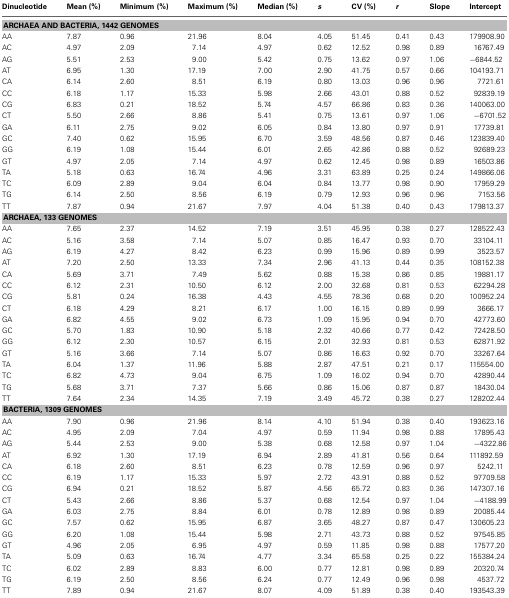
<table><thead><tr><td><b>Dinucleotide</b></td><td><b>Mean (%)</b></td><td><b>Minimum (%)</b></td><td><b>Maximum (%)</b></td><td><b>Median (%)</b></td><td><b><i>s</i></b></td><td><b>CV (%)</b></td><td><b><i>r</i></b></td><td><b>Slope</b></td><td><b>Intercept</b></td></tr></thead><tbody><tr><td colspan="10"><b>ARCHAEA AND BACTERIA, 1442 GENOMES</b></td></tr><tr><td>AA</td><td>7.87</td><td>0.96</td><td>21.96</td><td>8.04</td><td>4.05</td><td>51.45</td><td>0.41</td><td>0.43</td><td>179908.90</td></tr><tr><td>AC</td><td>4.97</td><td>2.09</td><td>7.14</td><td>4.97</td><td>0.62</td><td>12.52</td><td>0.98</td><td>0.89</td><td>16767.49</td></tr><tr><td>AG</td><td>5.51</td><td>2.53</td><td>9.00</td><td>5.42</td><td>0.75</td><td>13.62</td><td>0.97</td><td>1.06</td><td>−6844.52</td></tr><tr><td>AT</td><td>6.95</td><td>1.30</td><td>17.19</td><td>7.00</td><td>2.90</td><td>41.75</td><td>0.57</td><td>0.66</td><td>104193.71</td></tr><tr><td>CA</td><td>6.14</td><td>2.60</td><td>8.51</td><td>6.19</td><td>0.80</td><td>13.03</td><td>0.96</td><td>0.96</td><td>7721.61</td></tr><tr><td>CC</td><td>6.18</td><td>1.17</td><td>15.33</td><td>5.98</td><td>2.66</td><td>43.01</td><td>0.88</td><td>0.52</td><td>92839.19</td></tr><tr><td>CG</td><td>6.83</td><td>0.21</td><td>18.52</td><td>5.74</td><td>4.57</td><td>66.86</td><td>0.83</td><td>0.36</td><td>140063.00</td></tr><tr><td>CT</td><td>5.50</td><td>2.66</td><td>8.86</td><td>5.41</td><td>0.75</td><td>13.61</td><td>0.97</td><td>1.06</td><td>−6701.52</td></tr><tr><td>GA</td><td>6.11</td><td>2.75</td><td>9.02</td><td>6.05</td><td>0.84</td><td>13.80</td><td>0.97</td><td>0.91</td><td>17739.81</td></tr><tr><td>GC</td><td>7.40</td><td>0.62</td><td>15.95</td><td>6.70</td><td>3.59</td><td>48.56</td><td>0.87</td><td>0.46</td><td>123839.40</td></tr><tr><td>GG</td><td>6.19</td><td>1.08</td><td>15.44</td><td>6.01</td><td>2.65</td><td>42.86</td><td>0.88</td><td>0.52</td><td>92689.23</td></tr><tr><td>GT</td><td>4.97</td><td>2.05</td><td>7.14</td><td>4.97</td><td>0.62</td><td>12.45</td><td>0.98</td><td>0.89</td><td>16503.86</td></tr><tr><td>TA</td><td>5.18</td><td>0.63</td><td>16.74</td><td>4.96</td><td>3.31</td><td>63.89</td><td>0.25</td><td>0.24</td><td>149866.06</td></tr><tr><td>TC</td><td>6.09</td><td>2.89</td><td>9.04</td><td>6.04</td><td>0.84</td><td>13.77</td><td>0.98</td><td>0.90</td><td>17959.29</td></tr><tr><td>TG</td><td>6.14</td><td>2.50</td><td>8.56</td><td>6.19</td><td>0.79</td><td>12.93</td><td>0.96</td><td>0.96</td><td>7153.56</td></tr><tr><td>TT</td><td>7.87</td><td>0.94</td><td>21.67</td><td>7.97</td><td>4.04</td><td>51.38</td><td>0.40</td><td>0.43</td><td>179813.37</td></tr><tr><td colspan="10"><b>ARCHAEA, 133 GENOMES</b></td></tr><tr><td>AA</td><td>7.65</td><td>2.37</td><td>14.52</td><td>7.19</td><td>3.51</td><td>45.95</td><td>0.38</td><td>0.27</td><td>128522.43</td></tr><tr><td>AC</td><td>5.16</td><td>3.58</td><td>7.14</td><td>5.07</td><td>0.85</td><td>16.47</td><td>0.93</td><td>0.70</td><td>33104.11</td></tr><tr><td>AG</td><td>6.19</td><td>4.27</td><td>8.42</td><td>6.23</td><td>0.99</td><td>15.96</td><td>0.89</td><td>0.99</td><td>3523.57</td></tr><tr><td>AT</td><td>7.20</td><td>2.50</td><td>13.33</td><td>7.34</td><td>2.96</td><td>41.13</td><td>0.44</td><td>0.35</td><td>108152.38</td></tr><tr><td>CA</td><td>5.69</td><td>3.71</td><td>7.49</td><td>5.62</td><td>0.88</td><td>15.38</td><td>0.86</td><td>0.85</td><td>19881.17</td></tr><tr><td>CC</td><td>6.12</td><td>2.31</td><td>10.50</td><td>6.12</td><td>2.00</td><td>32.68</td><td>0.81</td><td>0.53</td><td>62294.28</td></tr><tr><td>CG</td><td>5.81</td><td>0.24</td><td>16.38</td><td>4.43</td><td>4.55</td><td>78.36</td><td>0.68</td><td>0.20</td><td>100952.24</td></tr><tr><td>CT</td><td>6.18</td><td>4.29</td><td>8.21</td><td>6.17</td><td>1.00</td><td>16.15</td><td>0.89</td><td>0.99</td><td>3666.17</td></tr><tr><td>GA</td><td>6.82</td><td>4.55</td><td>9.02</td><td>6.73</td><td>1.09</td><td>15.95</td><td>0.94</td><td>0.70</td><td>42773.60</td></tr><tr><td>GC</td><td>5.70</td><td>1.83</td><td>10.90</td><td>5.18</td><td>2.32</td><td>40.66</td><td>0.77</td><td>0.42</td><td>72428.50</td></tr><tr><td>GG</td><td>6.12</td><td>2.30</td><td>10.57</td><td>6.15</td><td>2.01</td><td>32.93</td><td>0.81</td><td>0.53</td><td>62871.92</td></tr><tr><td>GT</td><td>5.16</td><td>3.66</td><td>7.14</td><td>5.07</td><td>0.86</td><td>16.63</td><td>0.92</td><td>0.70</td><td>33267.64</td></tr><tr><td>TA</td><td>6.04</td><td>1.37</td><td>11.96</td><td>5.88</td><td>2.87</td><td>47.51</td><td>0.21</td><td>0.17</td><td>115554.00</td></tr><tr><td>TC</td><td>6.82</td><td>4.73</td><td>9.04</td><td>6.75</td><td>1.09</td><td>16.02</td><td>0.94</td><td>0.70</td><td>42890.44</td></tr><tr><td>TG</td><td>5.68</td><td>3.71</td><td>7.37</td><td>5.66</td><td>0.86</td><td>15.06</td><td>0.87</td><td>0.87</td><td>18430.04</td></tr><tr><td>TT</td><td>7.64</td><td>2.34</td><td>14.35</td><td>7.19</td><td>3.49</td><td>45.72</td><td>0.38</td><td>0.27</td><td>128202.44</td></tr><tr><td colspan="10"><b>BACTERIA, 1309 GENOMES</b></td></tr><tr><td>AA</td><td>7.90</td><td>0.96</td><td>21.96</td><td>8.14</td><td>4.10</td><td>51.94</td><td>0.38</td><td>0.40</td><td>193623.16</td></tr><tr><td>AC</td><td>4.95</td><td>2.09</td><td>7.04</td><td>4.97</td><td>0.59</td><td>11.94</td><td>0.98</td><td>0.88</td><td>17895.43</td></tr><tr><td>AG</td><td>5.44</td><td>2.53</td><td>9.00</td><td>5.38</td><td>0.68</td><td>12.58</td><td>0.97</td><td>1.04</td><td>−4322.86</td></tr><tr><td>AT</td><td>6.92</td><td>1.30</td><td>17.19</td><td>6.94</td><td>2.89</td><td>41.81</td><td>0.56</td><td>0.64</td><td>111892.59</td></tr><tr><td>CA</td><td>6.18</td><td>2.60</td><td>8.51</td><td>6.23</td><td>0.78</td><td>12.59</td><td>0.96</td><td>0.97</td><td>5242.11</td></tr><tr><td>CC</td><td>6.19</td><td>1.17</td><td>15.33</td><td>5.97</td><td>2.72</td><td>43.91</td><td>0.88</td><td>0.52</td><td>97709.58</td></tr><tr><td>CG</td><td>6.94</td><td>0.21</td><td>18.52</td><td>5.87</td><td>4.56</td><td>65.72</td><td>0.83</td><td>0.36</td><td>147307.16</td></tr><tr><td>CT</td><td>5.43</td><td>2.66</td><td>8.86</td><td>5.37</td><td>0.68</td><td>12.54</td><td>0.97</td><td>1.04</td><td>−4188.99</td></tr><tr><td>GA</td><td>6.03</td><td>2.75</td><td>8.84</td><td>6.01</td><td>0.78</td><td>12.89</td><td>0.98</td><td>0.89</td><td>20085.44</td></tr><tr><td>GC</td><td>7.57</td><td>0.62</td><td>15.95</td><td>6.87</td><td>3.65</td><td>48.27</td><td>0.87</td><td>0.47</td><td>130605.23</td></tr><tr><td>GG</td><td>6.20</td><td>1.08</td><td>15.44</td><td>5.98</td><td>2.71</td><td>43.73</td><td>0.88</td><td>0.52</td><td>97545.85</td></tr><tr><td>GT</td><td>4.96</td><td>2.05</td><td>6.95</td><td>4.97</td><td>0.59</td><td>11.85</td><td>0.98</td><td>0.88</td><td>17577.20</td></tr><tr><td>TA</td><td>5.09</td><td>0.63</td><td>16.74</td><td>4.77</td><td>3.34</td><td>65.58</td><td>0.25</td><td>0.22</td><td>155384.24</td></tr><tr><td>TC</td><td>6.02</td><td>2.89</td><td>8.83</td><td>6.00</td><td>0.77</td><td>12.81</td><td>0.98</td><td>0.89</td><td>20320.74</td></tr><tr><td>TG</td><td>6.19</td><td>2.50</td><td>8.56</td><td>6.24</td><td>0.77</td><td>12.49</td><td>0.96</td><td>0.98</td><td>4537.72</td></tr><tr><td>TT</td><td>7.89</td><td>0.94</td><td>21.67</td><td>8.07</td><td>4.09</td><td>51.89</td><td>0.38</td><td>0.40</td><td>193543.39</td></tr></tbody></table>